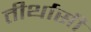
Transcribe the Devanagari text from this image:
तीर्थासी